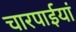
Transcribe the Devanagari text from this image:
चारपाईयां